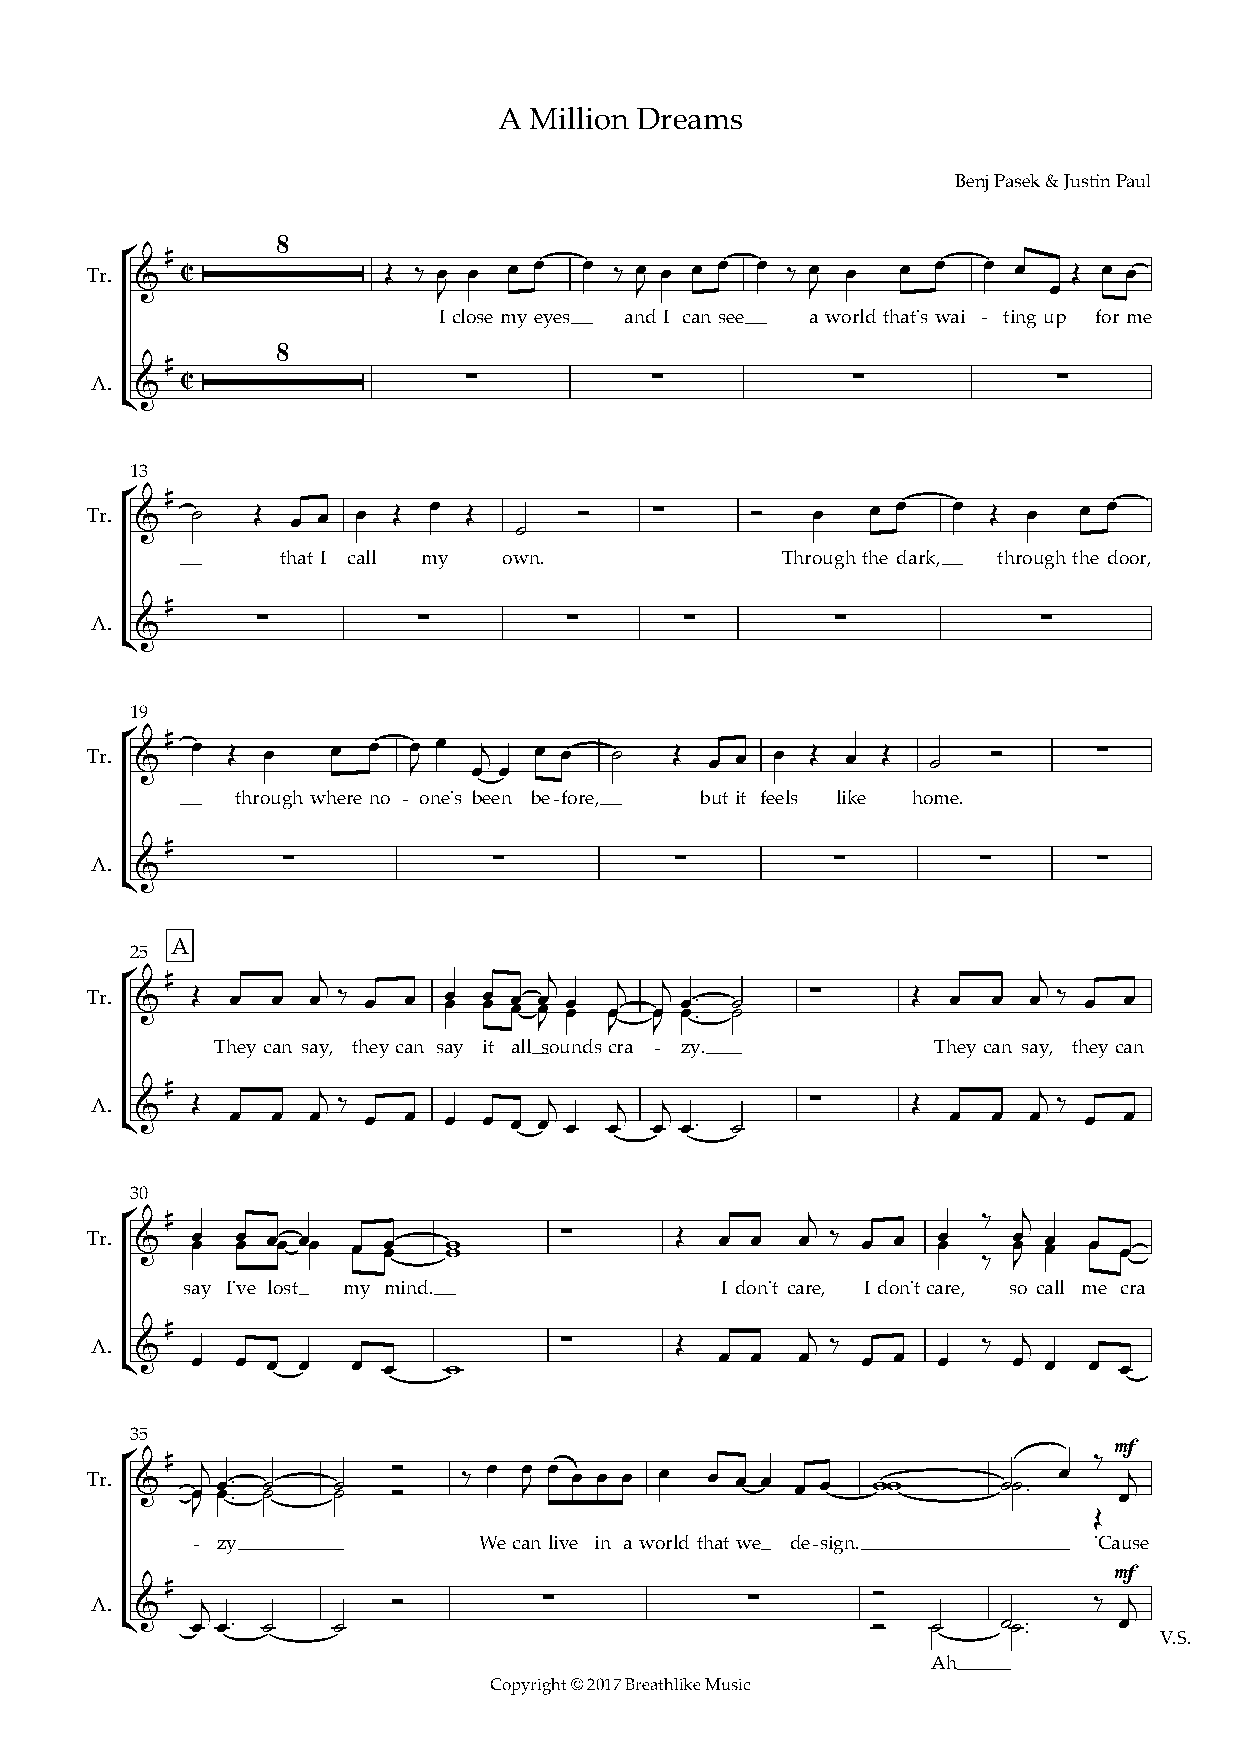
A Million Dreams
 Benj Pasek & Justin Paul
 8
 #
 Tr. ° C            Œ ‰ œ œ  œ œ  œ ‰ œ œ œ œ œ ‰ œ œ  œ œ  œ œ   Œ œ œ
 &
 J            J           J              œ
 Iclose my eyes and I cansee aworld that's wai - tingup for me
 8
 #
 A.    C                  ∑           ∑            ∑             ∑
 &
 ¢
 13
 #
 Tr. ° & ˙  Œ œ œ  œ Œ œ  Œ      Ó    ∑      Ó   œ   œ œ  œ  Œ œ  œ œ
 ˙
 that I call my own.              Throughthe dark, through the door,
 #
 A.         ∑          ∑        ∑       ∑         ∑             ∑
 &
 ¢
 19
 Tr. ° & # œ Œ œ œ œ  œ J œ œj œ œ œ ˙  Œ œ œ œ  Œ œ Œ   ˙   Ó      ∑
 through whereno - one's been be-fore, but it feels like home.
 #
 A.           ∑             ∑           ∑         ∑         ∑       ∑
 &
 ¢
 A
 25
 #         j              j                                j
 °                                j  j
 Tr. &  Œ œ  œ  œ ‰ œ œ œ œ œ œ œ œ œ œ œ œ œœ œœ œ œ™ ˙ ˙ ∑ Œ œ œ œ ‰ œ œ
 J   J  J  ™
 Theycan say, they can say it all soundscra - zy. Theycan say, they can
 #
 j                                               j
 A. ¢&  Œ œ  œ  œ ‰ œ œ œ  œ œ œj œ œj œj œ™ ˙   ∑     Œ  œ  œ œ ‰ œ œ
 30
 #                                         j           ‰  j
 °
 Tr. &  œ œ œ œ œœ œœ œœ œ œ w w ∑      Œ  œ œ  œ ‰ œ œ  œ œ  œ œ œ œ œœ œœ
 ‰ J
 say I've lost my mind.              I don't care, I don'tcare, so call me cra
 #
 A.                             ∑       Œ       j ‰         ‰  j
 ¢&   œ  œ œ œ  œ œ    w                 œ œ  œ   œ œ  œ    œ œ  œ œ
 35
 mf
 #                                                            ‰
 Tr. ° & œœj œ œ™ ˙ ˙ ˙ ˙ ÓÓ ‰ œ œ J œ œ œ œ œ œ œ œ œ œ ww  ˙˙ ™ œ  œj
 J ™
 Œ
 - zy               We canlive in a world that we de-sign.  'Cause
 mf
 #
 Ó
 A. &   j            Ó         ∑             ∑                     ‰  j
 ¢    œ œ™ ˙   ˙                                   Ó   ˙˙  ˙˙™     œ
 ™        V.S.
 Ah
 Copyright © 2017 Breathlike Music